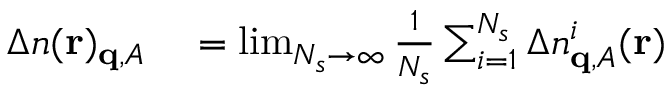
\begin{array} { r l } { \Delta n ( \mathbf { r } ) _ { \mathbf { q } , A } } & { { } = \operatorname* { l i m } _ { N _ { s } \to \infty } \frac { 1 } { N _ { s } } \sum _ { i = 1 } ^ { N _ { s } } \Delta n _ { \mathbf { q } , A } ^ { i } ( \mathbf { r } ) } \end{array}